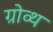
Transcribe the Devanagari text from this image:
ग्रोव्थ